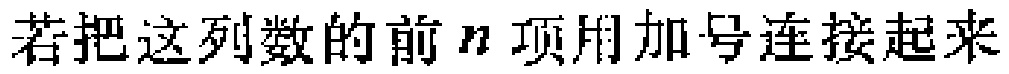
若把这列数的前\(n\)项用加号连接起来